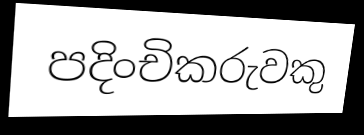
පදිංචිකරුවකු